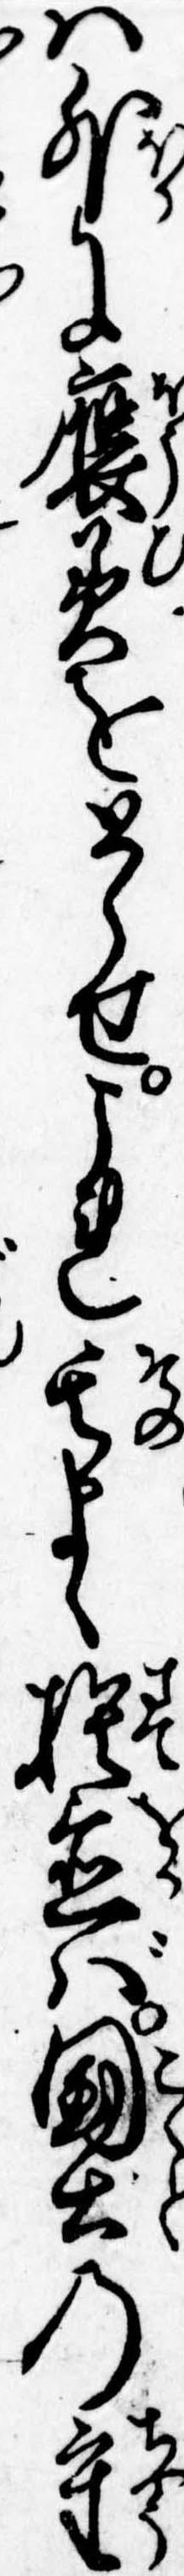
は外に褒美をとらせこれ其まゝ捨置ば国土の重